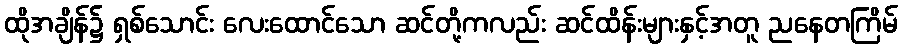
ထိုအချိန်၌ ရှစ်သောင်း လေးထောင်သော ဆင်တို့ကလည်း ဆင်ထိန်းများနှင့်အတူ ညနေတကြိမ်